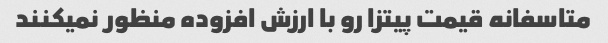
متاسفانه قیمت پیتزا رو با ارزش افزوده منظور نمیکنند